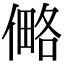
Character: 㑼